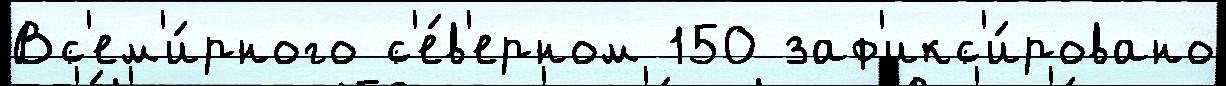
Вс'ем'и́рного с'е́в'ерном 150 заф'икс'и́ровано